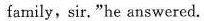
family, sir. "he answered.